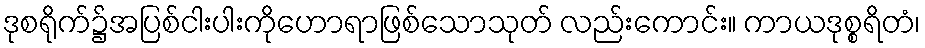
ဒုစရိုက်၌အပြစ်ငါးပါးကိုဟောရာဖြစ်သောသုတ် လည်းကောင်း။ ကာယဒုစ္စရိတံ၊